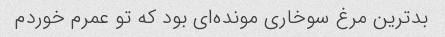
بدترین مرغ سوخاری مونده‌ای بود که تو عمرم خوردم